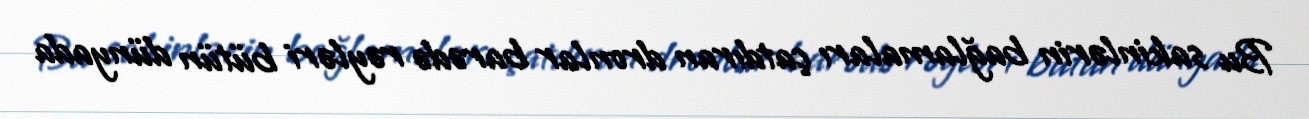
Bu sakinlərin bağlamaları çatdıran dronlar barədə rəyləri bütün dünyada